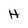
Character: H